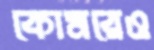
কোমরেও